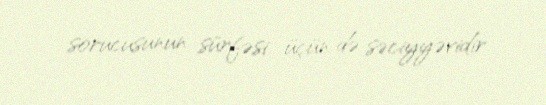
sorucusunun sürfəsi üçün də səciyyəvidir.